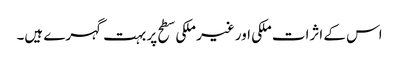
اس کے اثرات ملکی اور غیر ملکی سطح پر بہت گہرے ہیں۔